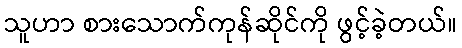
သူဟာ စားသောက်ကုန်ဆိုင်ကို ဖွင့်ခဲ့တယ်။